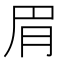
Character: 𬚳